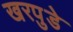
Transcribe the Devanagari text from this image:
खरपुडे